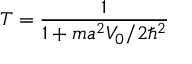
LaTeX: T = { \frac { 1 } { 1 + m a ^ { 2 } V _ { 0 } / 2 \hbar ^ { 2 } } }